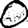
Digit: 0